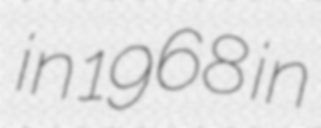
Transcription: in 1968 in